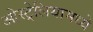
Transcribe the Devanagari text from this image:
ओस्ट्रेलियामध्ये